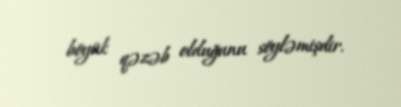
böyük qəzəb olduğunu söyləmişdir.